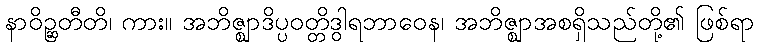
နာဝိဉ္ဆတီတိ၊ ကား။ အဘိဇ္ဈာဒိပ္ပဝတ္တိဒွါရဘာဝေန၊ အဘိဇ္ဈာအစရှိသည်တို့၏ ဖြစ်ရာ